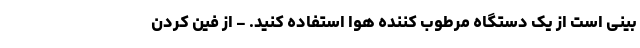
بینی است از یک دستگاه مرطوب کننده هوا استفاده کنید. - از فین کردن